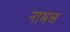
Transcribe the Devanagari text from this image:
नामल